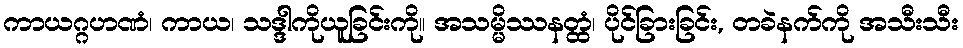
ကာယဂ္ဂဟဏံ၊ ကာယ၊ သဒ္ဒါကိုယူခြင်းကို။ အသမ္မိဿနတ္ထံ၊ ပိုင်ခြားခြင်း, တခဲနက်ကို အသီးသီး